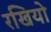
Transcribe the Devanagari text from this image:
रखियो